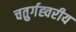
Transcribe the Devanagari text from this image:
चतुर्गह्वरीय